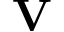
\mathbf { V }